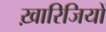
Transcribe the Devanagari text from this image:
ख़ारिजियों